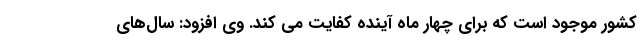
کشور موجود است که برای چهار ماه آینده کفایت می کند. وی افزود: سال‌های